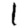
Digit: 1